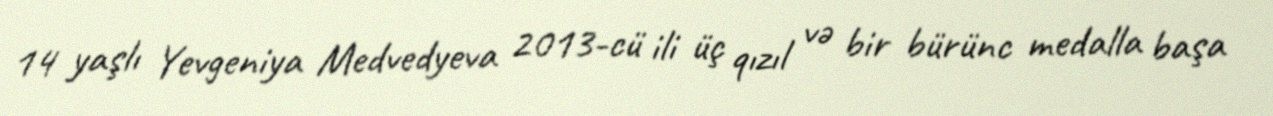
14 yaşlı Yevgeniya Medvedyeva 2013-cü ili üç qızıl və bir bürünc medalla başa